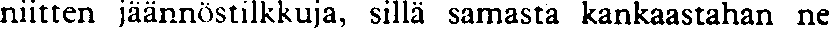
niitten jäännöstilkkuja, sillä samasta kankaastahan ne